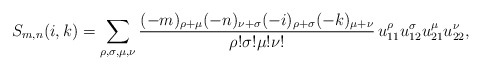
\begin{align*}S_{m,n}(i,k)=\sum_{\rho,\sigma,\mu,\nu}\frac{(-m)_{\rho+\mu}(-n)_{\nu+\sigma}(-i)_{\rho+\sigma}(-k)_{\mu+\nu}}{\rho!\sigma!\mu!\nu!}\,u_{11}^{\rho}u_{12}^{\sigma}u_{21}^{\mu}u_{22}^{\nu},\end{align*}